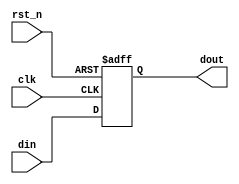
////////////////////////////////////////////////////////////////////////////////
// Company     : XnonymouX
//
// Description : D flip flop with asynchronous active low reset signal
//
// History     : Initial 	
//
////////////////////////////////////////////////////////////////////////////////

module dffa_rstn
    (
    clk,
    rst_n,
    din,
    dout
    );

//------------------------------------------------------------------------------
//Parameters
parameter DW = 1'b1;
//------------------------------------------------------------------------------
// Port declarations
input               clk;
input               rst_n;
input [DW-1:0]	    din;
output [DW-1:0]	    dout;
//------------------------------------------------------------------------------
//internal signal
reg  [DW-1:0]	    dout;
//------------------------------------------------------------------------------
// FF
always @ (posedge clk or negedge rst_n)
    begin
    if(!rst_n)
        dout <= {DW{1'b0}};
    else
        dout <= din;
    end

endmodule